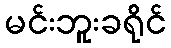
မင်းဘူးခရိုင်